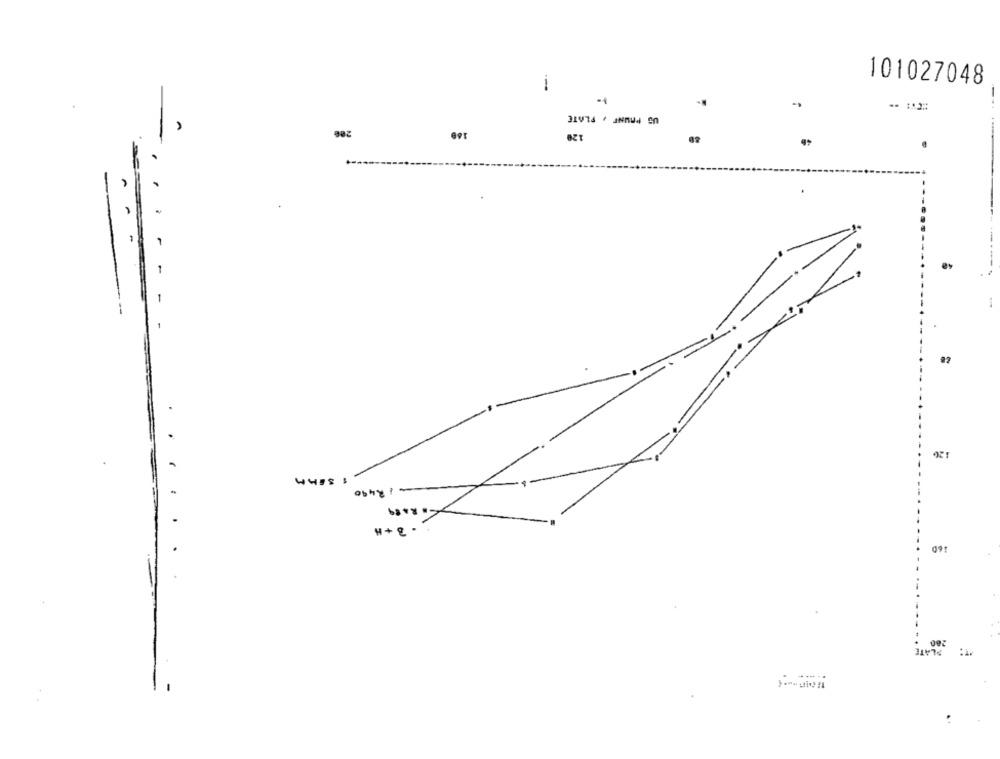
1
101027048
--
US PAWNF , PLATE
200
120
---
120
-- /2490
160
280
PLATE